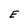
Character: E